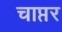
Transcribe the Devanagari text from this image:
चाप्तर